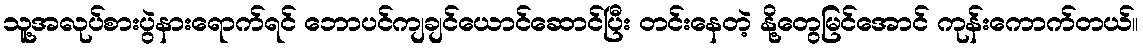
သူ့အလုပ်စားပွဲနားရောက်ရင် ဘောပင်ကျချင်ယောင်ဆောင်ပြီး တင်းနေတဲ့ နို့တွေမြင်အောင် ကုန်းကောက်တယ်။